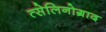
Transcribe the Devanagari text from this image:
त्सेलिनोग्राद